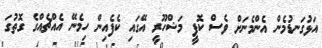
އަޅުގަނޑުމެން އެންމެނަށް ވެސް ކޮފީ މަޝްހޫރީ އޭގައި ކެފެއިން ހިމެނޭ އެއްޗެއްގެ ގޮތުގަ